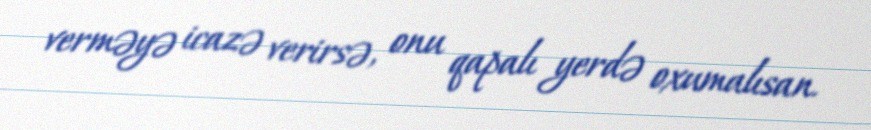
verməyə icazə verirsə, onu qapalı yerdə oxumalısan.